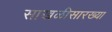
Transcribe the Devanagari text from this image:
साखळीसारख्या